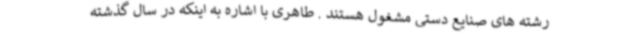
رشته های صنایع دستی مشغول هستند . طاهری با اشاره به اینکه در سال گذشته